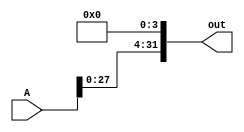
module lls4bit(A, out);

input [31:0] A;
output [31:0] out; 

assign out[31:4] = A[27:0];
assign out[0] = 0; 
assign out[1] = 0; 
assign out[2] = 0; 
assign out[3] = 0; 


endmodule